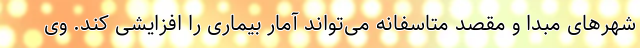
شهرهای مبدا و مقصد متاسفانه می‌تواند آمار بیماری را افزایشی کند. وی